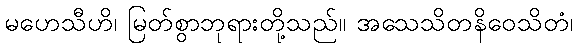
မဟေသီဟိ၊ မြတ်စွာဘုရားတို့သည်။ အသေသိတနိဝေသိတံ၊